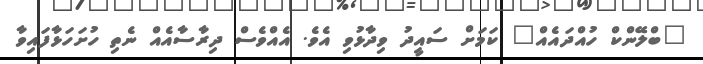
"ބްލޭންކް ހުއްދައެއް" ކަމަށް ސައީދު ވިދާޅުވި އެވެ. އެއްވެސް ދިރާސާއެއް ނެތި ހުށަހަޅާފައިވާ